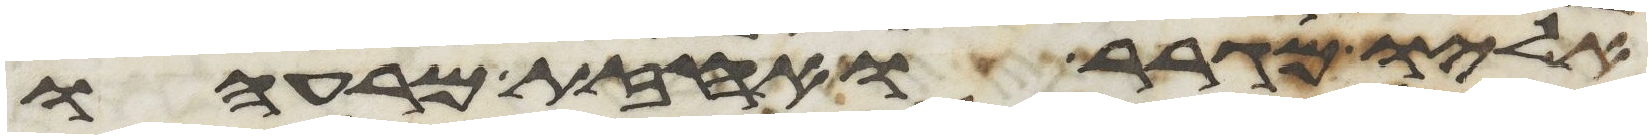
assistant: אליו מגרר ואחזת מרעהו